Insane asylums Bombay 1873-77 - 1873-1877
Year: 1873
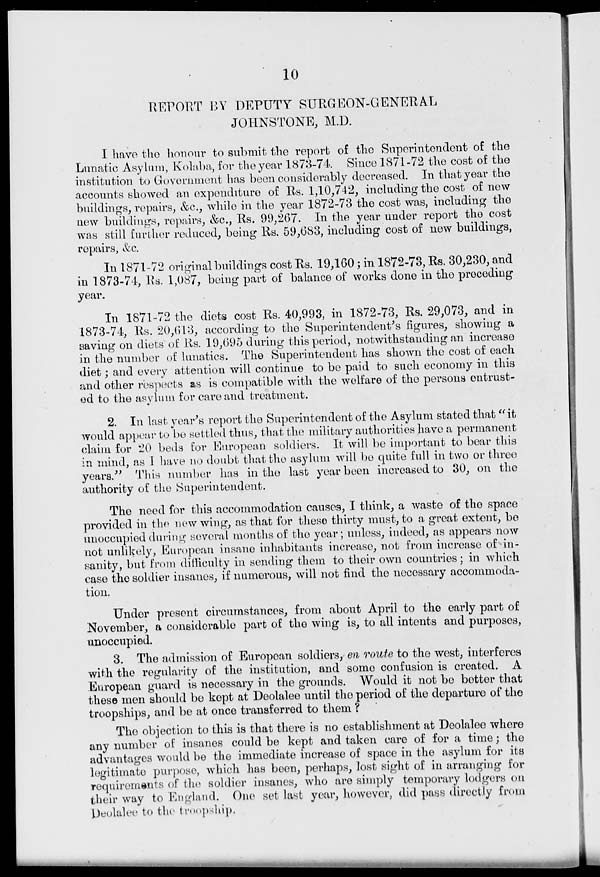
10
REPORT BY DEPUTY SURGEON-GENERAL
JOHNSTONE, M.D.
I have the honour to submit the report of the Superintendent of the
Lunatic Asylum, Kolaba, for the year 1873-74. Since 1871-72 the cost of the
institution to Government has been considerably decreased. In that year the
accounts showed an expenditure of Rs. 1,10,742, including the cost of new
buildings, repairs, &c., while in the year 1872-73 the cost was, including the
new buildings, repairs, &c., Rs. 99,267. In the year under report the cost
was still further reduced, being Rs. 59,683, including cost of new buildings,
repairs, &c.
In 1871-72 original buildings cost Rs. 19,160; in 1872-73, Rs. 30,230, and
in 1873-74, Rs. 1,087, being part of balance of works done in the preceding
year.
In 1871-72 the diets cost Rs. 40,993, in 1872-73, Rs. 29,073, and in
1873-74, Rs. 20,613, according to the Superintendent's figures, showing a
saving on diets of Rs. 19,695 during this period, notwithstanding an increase
in the number of lunatics. The Superintendent has shown the cost of each
diet; and every attention will continue to be paid to such economy in this
and other respects as is compatible with the welfare of the persons entrust-
ed to the asylum for care and treatment.
2. In last year's report the Superintendent of the Asylum stated that "it
would appear to be settled thus, that the military authorities have a permanent
claim for 20 beds for European soldiers. It will be important to bear this
in mind, as .I have no doubt that the asylum will be quite full in two or three
years." This number has in the last year been increased to 30, on the
authority of the Superintendent.
The need for this accommodation causes, I think, a waste of the space
provided in the new wing, as that for these thirty must, to a great extent, be
unoccupied during several months of the year; unless, indeed, as appears now
not unlikely, European insane inhabitants increase, not from increase of in-
sanity, but from difficulty in sending them to their own countries; in which
case the soldier insanes, if numerous, will not find the necessary accommoda-
tion.
Under present circumstances, from about April to the early part of
November, a considerable part of the wing is, to all intents and purposes,
unoccupied.
3. The admission of European soldiers, en route to the west, interferes
with the regularity of the institution, and some confusion is created. A
European guard is necessary in the grounds. Would it not be better that
these men should be kept at Deolalee until the period of the departure of the
troopships, and be at once transferred to them ?
The objection to this is that there is no establishment at Deolalee where
any number of insanes could be kept and taken care of for a time; the
advantages would be the immediate increase of space in the asylum for its
legitimate purpose, which has been, perhaps, lost sight of in arranging for
requirements of the soldier insanes, who are simply temporary lodgers on
their way to England. One set last year, however, did pass directly from
Deolalee to the troopship.